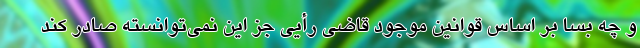
و چه بسا بر اساس قوانین موجود قاضی رأیی جز این نمی‌توانسته صادر کند